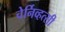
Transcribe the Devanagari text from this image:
चेर्निव्हत्सी